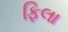
ફિલા